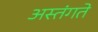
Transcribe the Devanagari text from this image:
अस्तंगते